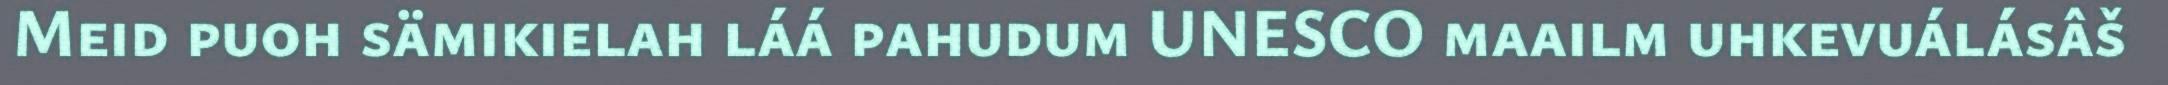
Meid puoh sämikielah láá pahudum UNESCO maailm uhkevuálásâš